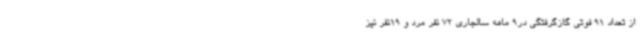
از تعداد 91 فوتی گازگرفتگی در9 ماهه سالجاری 72 نفر مرد و 19نفر نیز